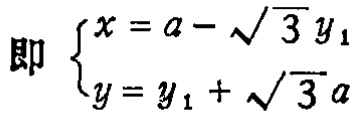
即 $\begin{cases}x = a - \sqrt{3} y_{1}\\y = y_{1} + \sqrt{3} a\end{cases}$